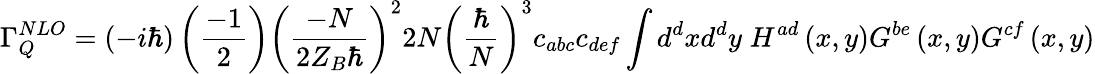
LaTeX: \Gamma_{Q}^{NLO}=\left(-i\hbar\right)\left(\frac{-1}{2}\right)\left(\frac{-N}{2Z_{B}\hbar}\right)^{2}2N\left(\frac{\hbar}{N}\right)^{3}c_{abc}c_{def}\int d^{d}xd^{d}y\; H^{ad}\left(x,y\right)G^{be}\left(x,y\right)G^{cf}\left(x,y\right)